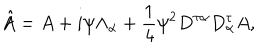
\hat { A } = A + i \psi \Lambda _ { \alpha } + \frac { 1 } { 4 } \psi ^ { 2 } { D ^ { \tau \alpha } D _ { \alpha } ^ { \tau } } A ,